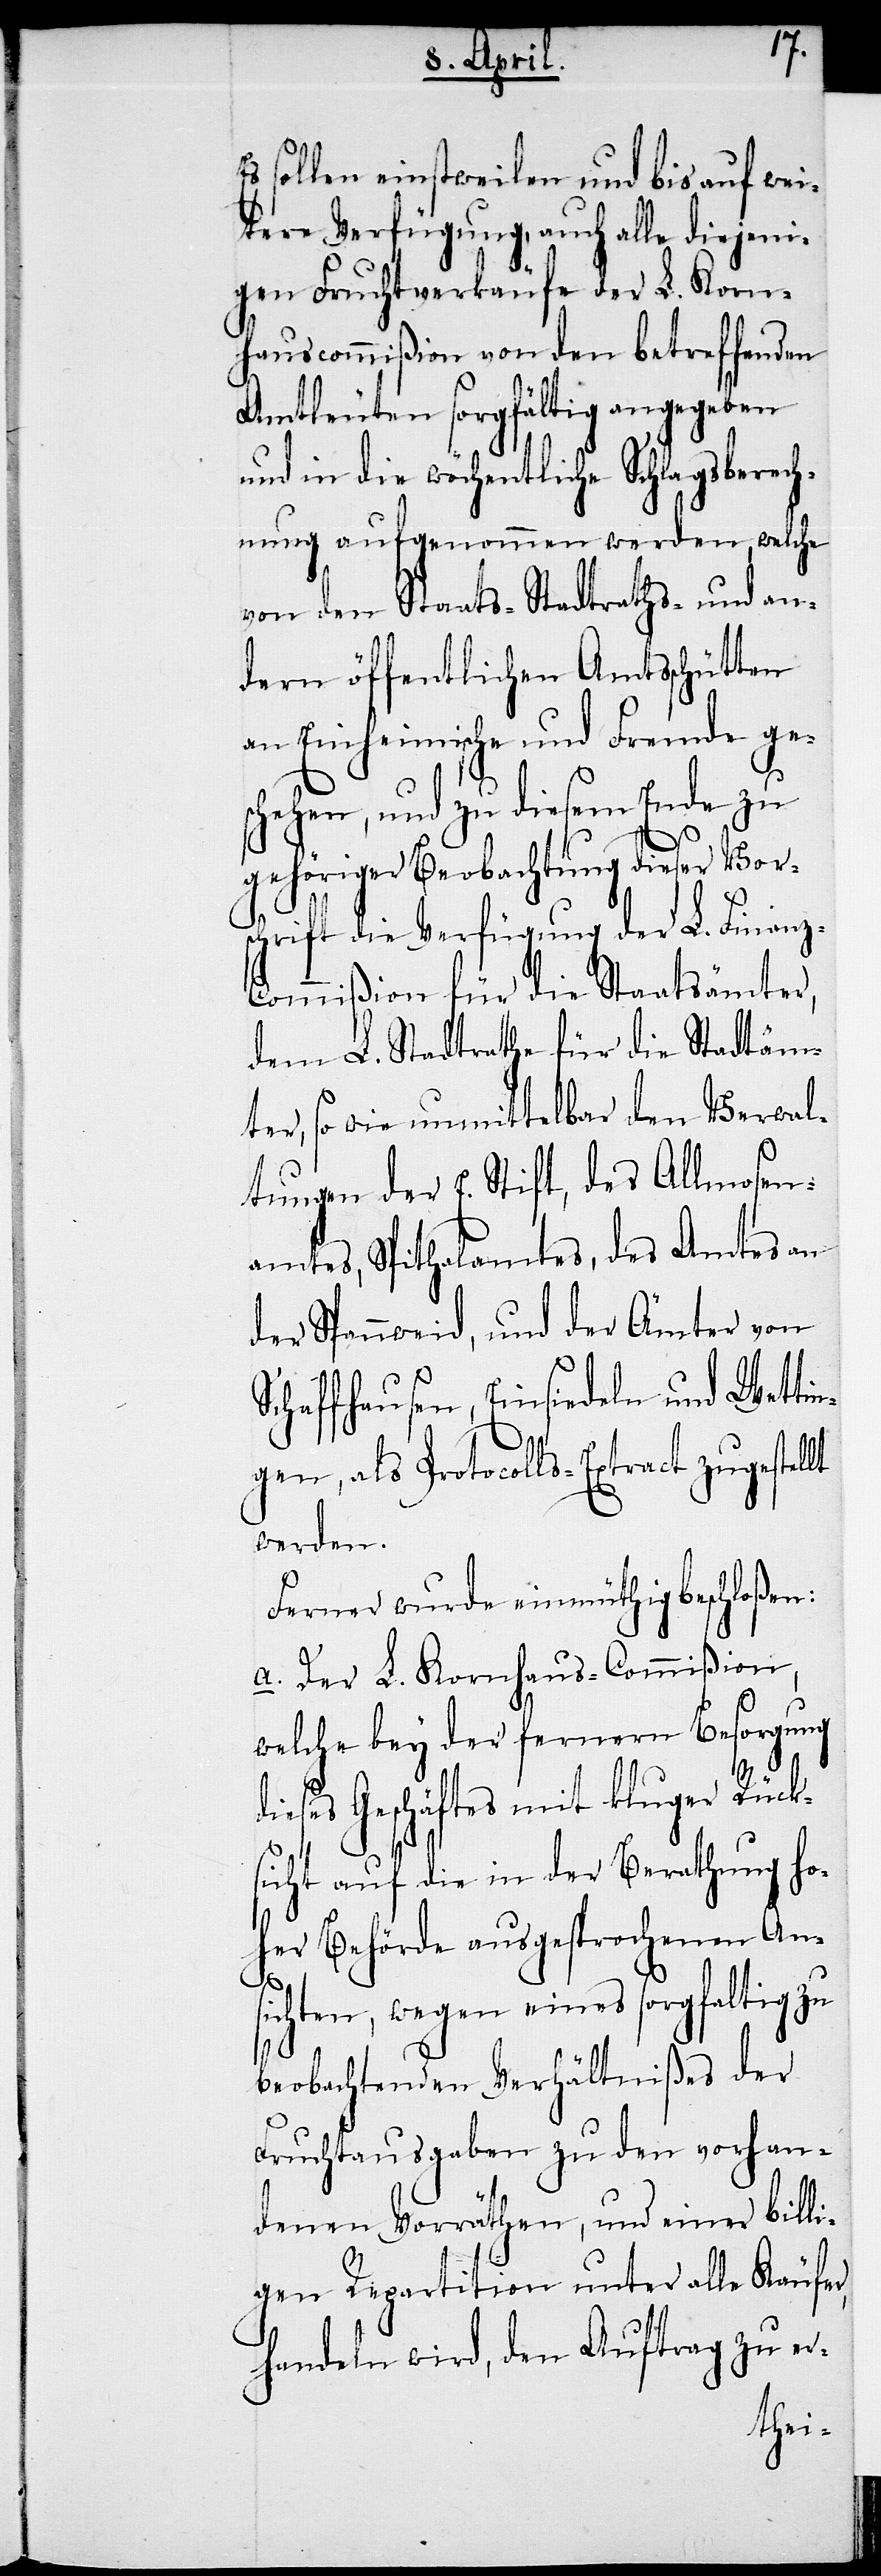
sollen einstweilen und bis auf wei¬
tere Verfügung, auch alle diejeni¬
gen Fruchtverkäufe der L. Korn¬
hauscommißion von den betreffenden
Amtleuten sorgfältig angegeben
und in die wöchentliche Schlagsberech¬
nung aufgenommen werden, welche
von den Staats- Stadtraths- und an¬
dern öffentlichen Amtsschütten
an Einheimische und Fremde ges¬
chehen, und zu diesem Ende zu
gehöriger Beobachtung dieser Vor¬
schrift die Verfügung der L. Finanz-C¬
ommißion für die Staatsämter,
dem L. Stadtrathe für die Stadtäm¬
ter, so wie unmittelbar den Verwal¬
tungen der E. Stift, des Allmosen¬
amtes, Spithalamtes, des Amtes an
der Spannweid, und der Ämter von
Schaffhausen, Einsiedeln und Wettin¬
gen, als Protocolls-Extract zugestellt
werden.
Ferner wurde einmüthig beschloßen:
a.) Der L. Kornhaus-Commißion,
welche bey der fernern Besorgung
dieses Geschäftes mit kluger Rück¬
sicht auf die in der Berathung ho¬
her Behörde ausgesprochenen Ans¬
ichten, wegen eines sorgfaltig zu
beobachtenden Verhältnißes der
Fruchtausgaben zu den vorhan¬
denen Vorräthen, und einer billi¬
gen Repartition unter alle Käufer,
handeln wird, den Auftrag zu er-